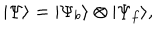
| \Psi \rangle = | \Psi _ { b } \rangle \otimes | \Psi _ { f } \rangle ,